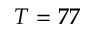
T = 7 7